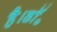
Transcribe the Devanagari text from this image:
है।डॉ॰